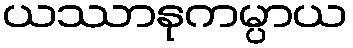
ယဿာနုကမ္ပာယ